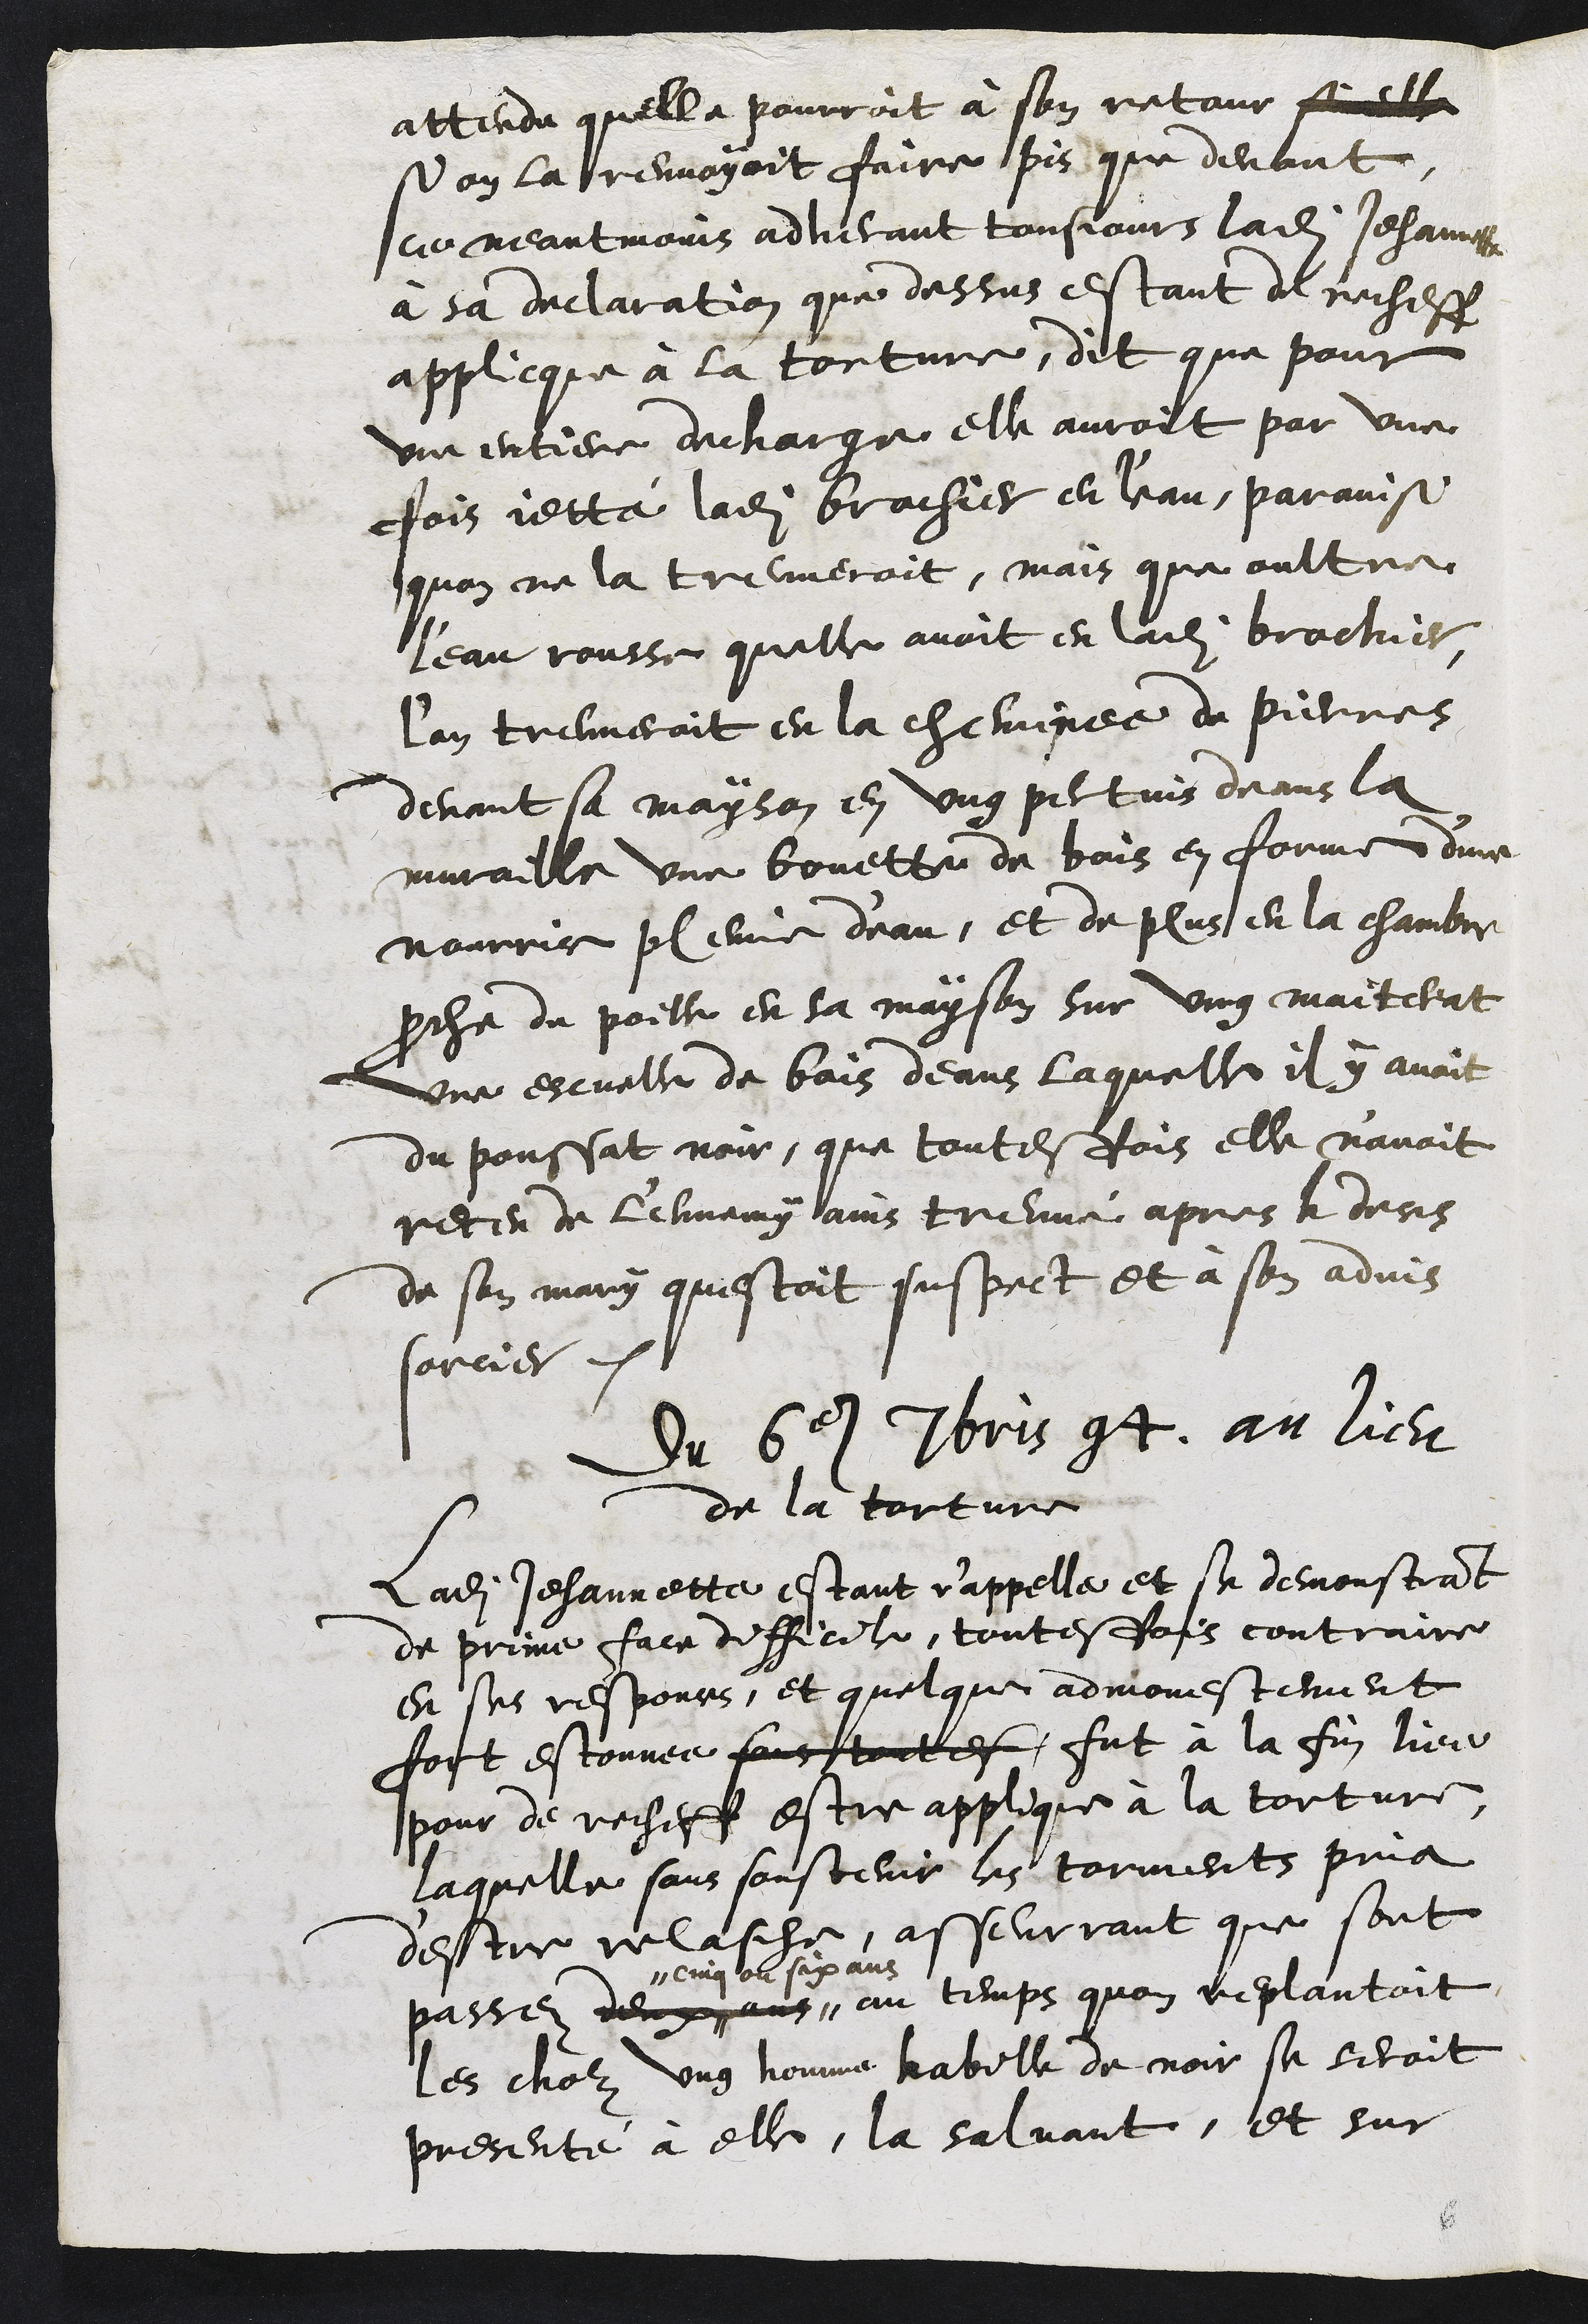
attendu quelle pourroit à son retour si elle
si on la renvoyoit faire pis que devant
ce neantmoins adherant tousjours ladite Jehannette
à sa declaration que dessus estant de recheff
applicque à la torture, dit que pour
une entiere decharge elle auroit par une
fois jetté ladite brachier en l'eau, parainsi
quon ne la treuveroit, mais que oultre
l'eau rousse quelle avoit en ladite brachier,
l'on treuveroit en la cheminee de pierres
devant sa mayson en ung pertuis deans la
muraille une bouette de bois en forme d'une
nourrie pleine deau, et de plus en la chambre
proche du poille en sa mayson sur ung maiterat
une escuelle de bois deans laquelle il y avoit
du poussat noir, que toutesfois elle n'avoit
receu de l'ennemy ains treuvé apres le deces
de son mary questoit suspect et à son advis
sorcier.
du 6e 7bris 94, au lieu
de la torture
Ladite Jehannette estant r'appellé et se demonstrant
de prime face difficile, toutesfois contraire
en ses responces, et quelque admonestement
fort estonnee sans toutes fut à la fin liee
pour de recheff estre applique à la torture,
laquelle sans soustenir les torments pria
d'estre relasche, asseurrant que sont
passez deux ans
cinq ou six ans
au temps quon replantoit
les cholz ung homme habille de noir se seroit
presenté à elle, la saluant, et sur

6